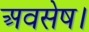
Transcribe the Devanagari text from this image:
अवसेष।